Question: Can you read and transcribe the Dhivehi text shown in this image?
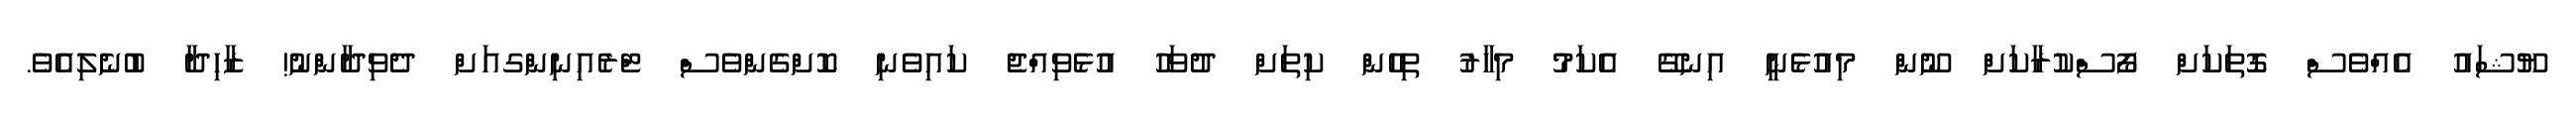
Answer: ޔޫޝައު އެއްވެސް ގޮތަކަށް ފޯސްކުރާކަށް ނޫން މިއުޅެނީ އިނގޭ އެކަމު މިހާރު ތިހެން ކިތަށް ދުވަހު އުޅެވިއްޖެ ކައިވެނި ކޮށްގެންވެސް ޓްރެއިނިންގއަށް ދެވިދާންނު! ޒާހިދާ ބުނެލިއެވެ.